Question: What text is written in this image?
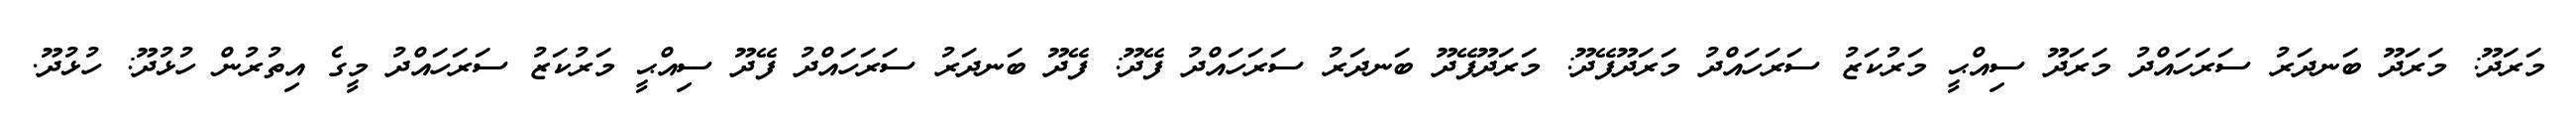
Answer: މަރަދޫ: މަރަދޫ ބަނދަރު ސަރަހައްދު މަރަދޫ ސިއްޙީ މަރުކަޒު ސަރަހައްދު މަރަދޫފޭދޫ: މަރަދޫފޭދޫ ބަނދަރު ސަރަހައްދު ފޭދޫ: ފޭދޫ ބަނދަރު ސަރަހައްދު ފޭދޫ ސިއްޙީ މަރުކަޒު ސަރަހައްދު މީގެ އިތުރުން ހުޅުދޫ: ހުޅުދޫ.